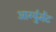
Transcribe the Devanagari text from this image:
आर्ग्युमेंट